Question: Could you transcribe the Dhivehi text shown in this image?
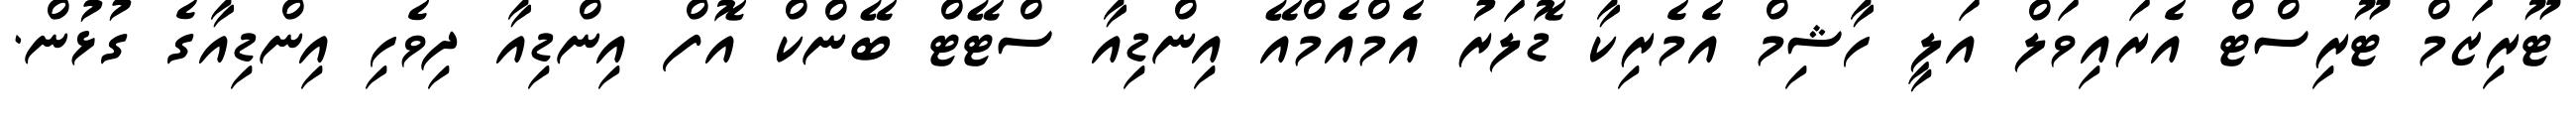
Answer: ޓޫރިޒަމް ޓޫރިސްޓް އެރައިވަލް އަލީ ހާޝިމް އެމެރިކާ ޑޮލަރު އެމްއެމްއޭ އިންޑިއާ ސްޓޭޓް ބޭންކް އޮފް އިންޑިއާ ދިވެހި އިންޑިއާގެ ގުޅުން.